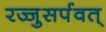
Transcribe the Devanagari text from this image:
रज्जुसर्पवत्